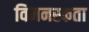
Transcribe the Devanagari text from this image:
विमनस्कता